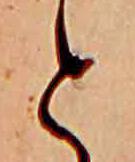
と